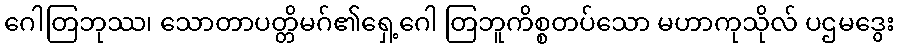
ဂေါတြဘုဿ၊ သောတာပတ္တိမဂ်၏ရှေ့ဂေါ တြဘူကိစ္စတပ်သော မဟာကုသိုလ် ပဌမဒွေး